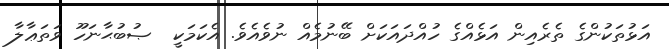
އަޅުތަކުންގެ ތެރެއިން އަޅެއްގެ ހުއްދައަކަށް ބޭނުމެއް ނުވެއެވެ. އެކަމަކީ  ޞުބުޙާނަހޫ ވަތަޢާލާ